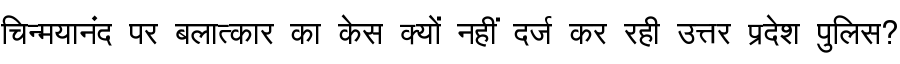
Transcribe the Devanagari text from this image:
चिन्मयानंद पर बलात्कार का केस क्यों नहीं दर्ज कर रही उत्तर प्रदेश पुलिस?